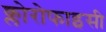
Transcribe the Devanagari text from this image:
क्लोरोफाइसी